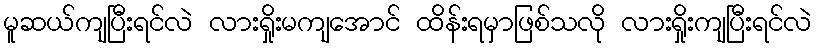
မူဆယ်ကျပြီးရင်လဲ လားရှိုးမကျအောင် ထိန်းရမှာဖြစ်သလို လားရှိုးကျပြီးရင်လဲ